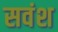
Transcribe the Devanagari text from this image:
सवंश